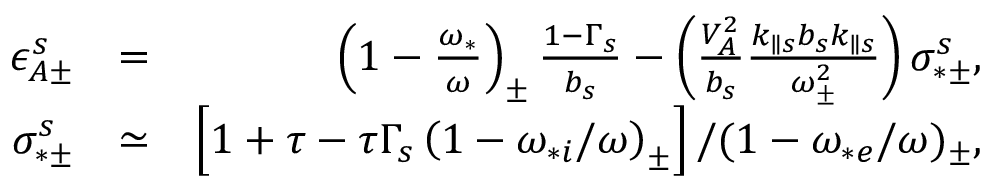
\begin{array} { r l r } { \epsilon _ { A \pm } ^ { s } } & { = } & { \left( 1 - \frac { \omega _ { * } } { \omega } \right) _ { \pm } \frac { 1 - \Gamma _ { s } } { b _ { s } } - \left( \frac { V _ { A } ^ { 2 } } { b _ { s } } \frac { k _ { \parallel s } b _ { s } k _ { \parallel s } } { \omega _ { \pm } ^ { 2 } } \right) \sigma _ { * \pm } ^ { s } , } \\ { \sigma _ { * \pm } ^ { s } } & { \simeq } & { \left[ 1 + \tau - \tau \Gamma _ { s } \left( 1 - \omega _ { * i } / \omega \right) _ { \pm } \right] / ( 1 - \omega _ { * e } / \omega ) _ { \pm } , } \end{array}